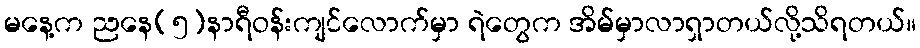
မနေ့က ညနေ(၅)နာရီဝန်းကျင်လောက်မှာ ရဲတွေက အိမ်မှာလာရှာတယ်လို့သိရတယ်။